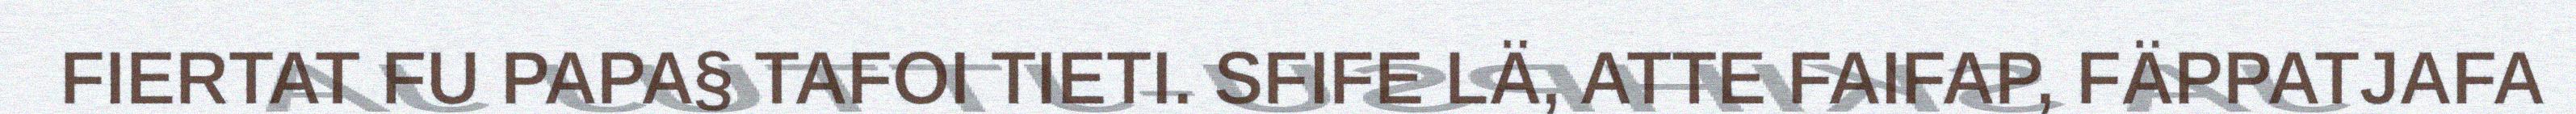
FIERTAT FU PAPA§ TAFOI TIETI. SFIFE LÄ, ATTE FAIFAP, FÄPPATJAFA